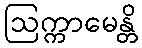
ဩက္ကာမေန္တိ